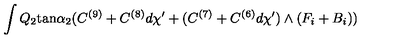
\int Q _ { 2 } \mathrm { t a n } \alpha _ { 2 } ( C ^ { ( 9 ) } + C ^ { ( 8 ) } d \chi ^ { \prime } + ( C ^ { ( 7 ) } + C ^ { ( 6 ) } d \chi ^ { \prime } ) \wedge ( F _ { i } + B _ { i } ) )